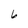
Character: 6